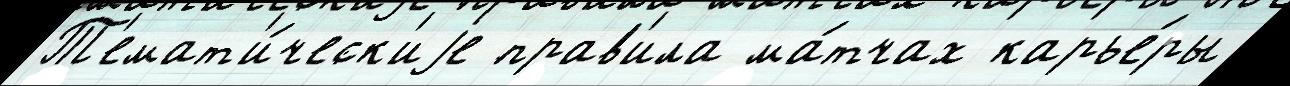
Т'емат'и́ческ'иjе прав'ила ма́тчах карье́ры